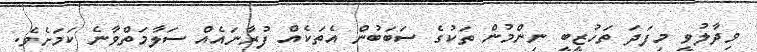
ވިދާލުވީ މިފަދަ ތަހުޒީބީ ނިންމުން ތަކުގެ ސަބަބުން އެތަކެއް ފުރާނައެއް ސަލާމަތްވާނެ ކަމަށެވެ.